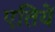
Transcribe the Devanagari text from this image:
एतियें